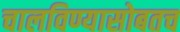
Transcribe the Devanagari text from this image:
चालविण्यासोबतच